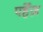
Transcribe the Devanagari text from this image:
पर्हेज़